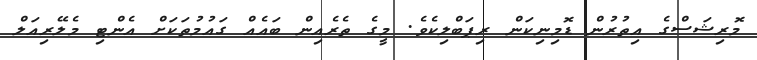
މޮރިޝަސްގެ އިތުރުން ޑޮމިނިކަން ރިޕަބްލިކެވެ. މީގެ ތެރެއިން ބައެއް ގައުމުތަކަށް އެންޓި މެލޭރިއަލް